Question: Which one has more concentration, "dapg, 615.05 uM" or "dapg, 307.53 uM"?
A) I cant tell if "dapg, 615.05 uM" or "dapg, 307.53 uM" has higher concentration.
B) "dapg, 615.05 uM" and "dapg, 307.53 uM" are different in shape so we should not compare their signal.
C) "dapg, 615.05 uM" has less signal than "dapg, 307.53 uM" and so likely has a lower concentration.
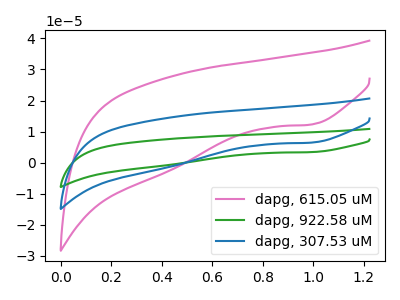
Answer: <think>The pink curve "dapg, 615.05 uM" has a cathodic peak at: (1.00V, 12.30uA). The green curve "dapg, 922.58 uM" has a cathodic peak at: (1.00V, 12.90uA). The blue curve "dapg, 307.53 uM" has a cathodic peak at: (1.00V, 6.45uA).
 All the peaks in "dapg, 615.05 uM" have a peak in "dapg, 307.53 uM" at the same potential. Every peak in "dapg, 615.05 uM" is lower than every peak in "dapg, 307.53 uM".</think>
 <answer>C) "dapg, 615.05 uM" has less signal than "dapg, 307.53 uM" and so likely has a lower concentration.</answer>
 <eval>C</eval>